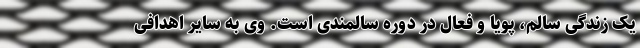
یک زندگی سالم، پویا و فعال در دوره سالمندی است. وی به سایر اهدافی